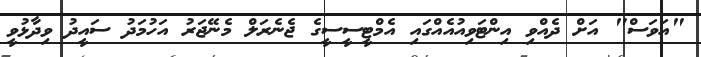
"އަވަސް" އަށް ދެއްވި އިންޓަވިއުއެއްގައި އެމްޓީސީސީގެ ޖެނެރަލް މެނޭޖަރު އަހުމަދު ސައީދު ވިދާޅުވީ